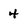
Character: 4